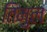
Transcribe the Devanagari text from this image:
तिमुल